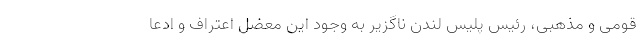
قومی و مذهبی، رئیس پلیس لندن ناگزیر به وجود این معضل اعتراف و ادعا